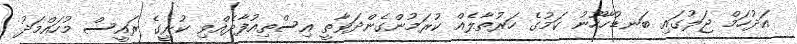
އަދުހަމް ޖަލުގައި ބަނޑުހާހޫނު ކަމުގެ ހަރުތާލެއް ކުރަމުންގެންދަވާތީ އިސްތިއުފާދެއްވި ކުރީގެ ރައީސް މުހައްމަދު